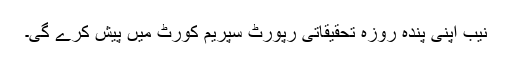
نیب اپنی پندہ روزہ تحقیقاتی رپورٹ سپریم کورٹ میں پیش کرے گی۔